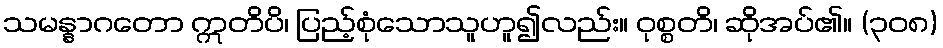
သမန္နာဂတော ဣတိပိ၊ ပြည့်စုံသောသူဟူ၍လည်း။ ဝုစ္စတိ၊ ဆိုအပ်၏။ (၃၀၈)